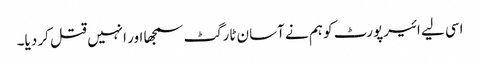
اسی لیے ائیرپورٹ کو ہم نے آسان ٹارگٹ سمجھا اور انہیں قتل کر دیا۔